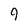
Character: 9